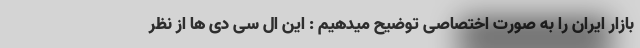
بازار ایران را به صورت اختصاصی توضیح میدهیم : این ال سی دی ها از نظر